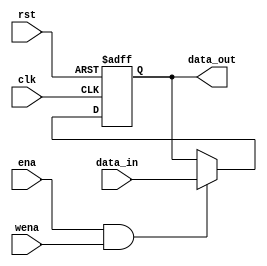
`timescale 1ns / 1ps
//////////////////////////////////////////////////////////////////////////////////
// Company: 
// Engineer: 
// 
// Design Name: 
// Module Name: pcreg
// Project Name: 
// Target Devices: 
// Tool Versions: 
// Description: 
// 
// Dependencies: 
// 
// Revision:
// Revision 0.01 - File Created
// Additional Comments:
// 
//////////////////////////////////////////////////////////////////////////////////


module pcreg(
//    input clk,
//    input rst,
//    input ena,
//    input [31:0] data_in,
//    output reg [31:0] data_out
input clk,
input rst,
input ena,
input wena,
input [31:0]data_in,
output[31:0]data_out
);
reg     [31:0]data;
always @(posedge clk or posedge rst)
    if (rst)
        data <= 32'h00400000;
    else if (ena & wena)
        data <= data_in;
assign data_out = data;
endmodule